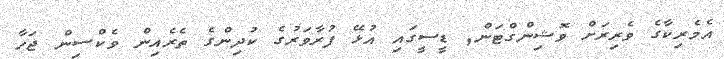
އެމެރިކާގެ ވެރިރަށް ވޮޝިންގްޓަން